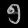
Digit: ၅